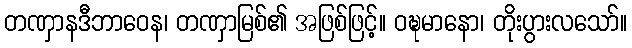
တဏှာနဒီဘာဝေန၊ တဏှာမြစ်၏ အဖြစ်ဖြင့်။ ဝဍ္ဎမာနော၊ တိုးပွားလသော်။